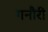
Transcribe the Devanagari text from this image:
गनौरी